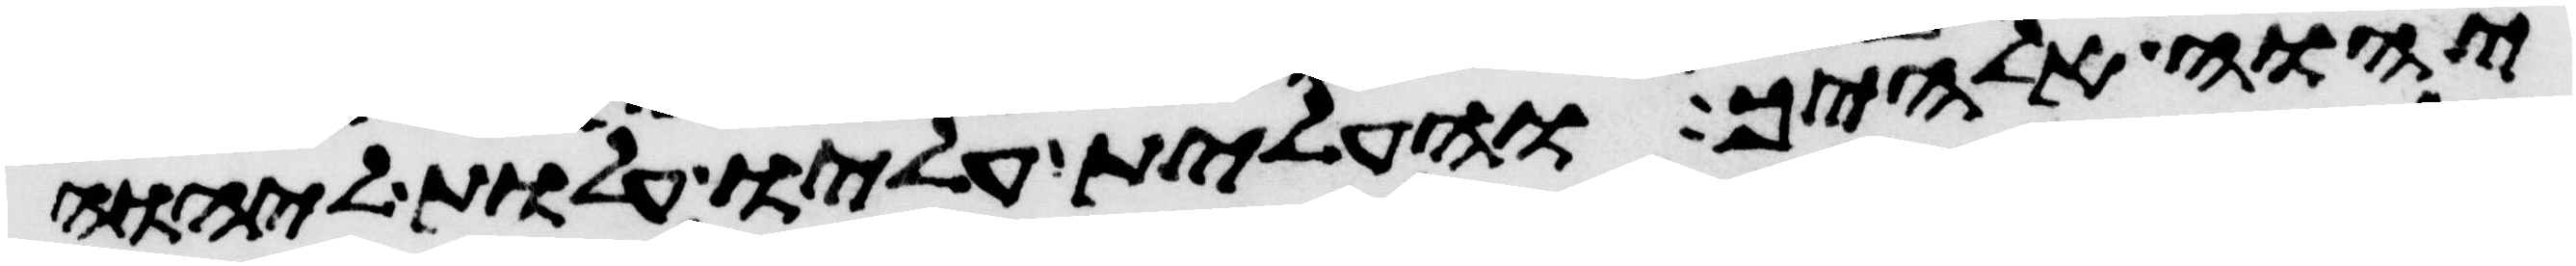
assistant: יהוה אלהיך והעלית עליו עלות ליהוה